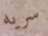
سريه